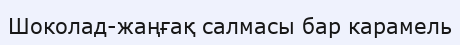
Шоколад-жаңғақ салмасы бар карамель